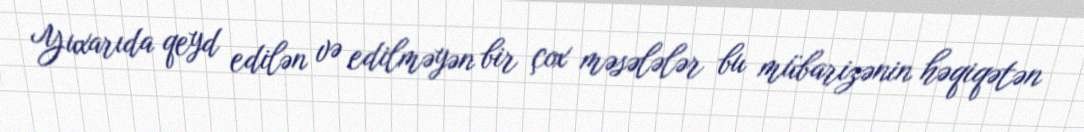
Yuxarıda qeyd edilən və edilməyən bir çox məsələlər bu mübarizənin həqiqətən